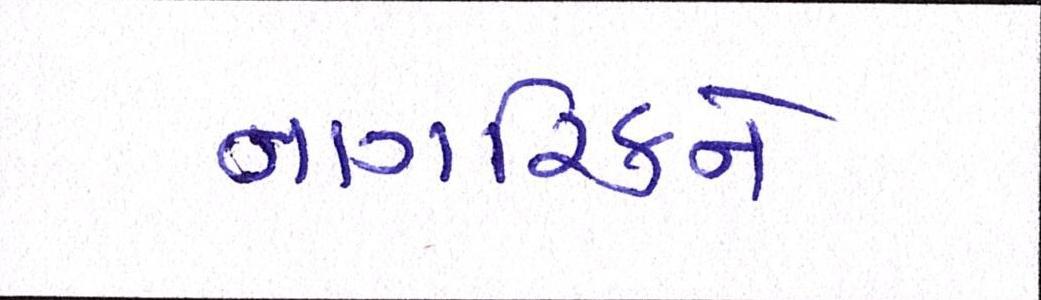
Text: નાગરિકને